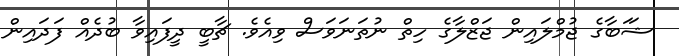
ޝަަބާގެ ޖުމްލައިން ޖަޒްލާގެ ހިތް ނުތަނަވަސް ވިއެވެ. ޗާބީ ދީފައިވާ ބުދެއް ފަދައިން